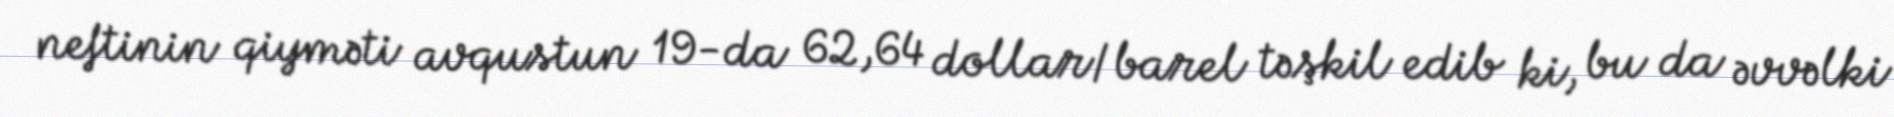
neftinin qiyməti avqustun 19-da 62,64 dollar/barel təşkil edib ki, bu da əvvəlki